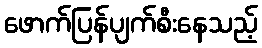
ဖောက်ပြန်ပျက်စီးနေသည့်